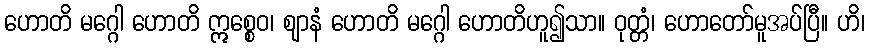
ဟောတိ မဂ္ဂေါ ဟောတိ ဣစ္စေဝ၊ ဈာနံ ဟောတိ မဂ္ဂေါ ဟောတိဟူ၍သာ။ ဝုတ္တံ၊ ဟောတော်မူအပ်ပြီ။ ဟိ၊